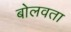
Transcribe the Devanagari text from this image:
बोलवता